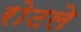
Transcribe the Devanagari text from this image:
रोटले